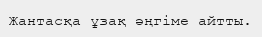
Жантасқа ұзақ әңгіме айтты.